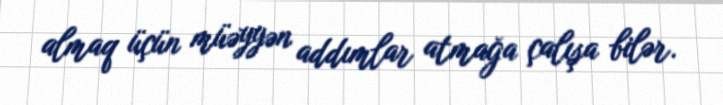
almaq üçün müəyyən addımlar atmağa çalışa bilər.